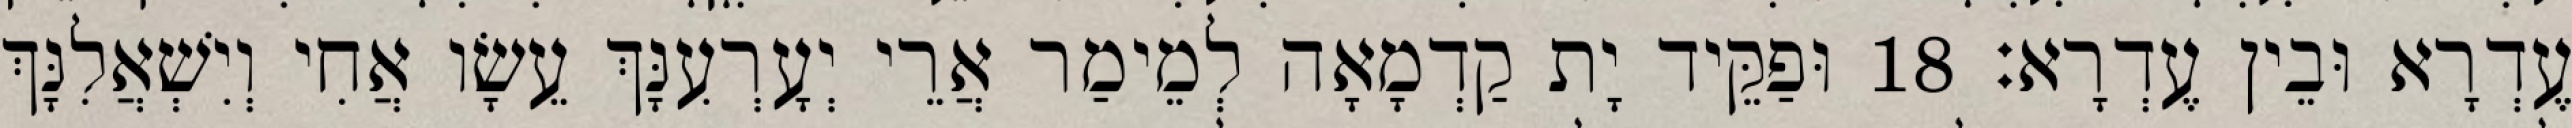
עֶדְרָא וּבֵין עֶדְרָא׃ 18 וּפַקֵּיד יָת קַדְמָאָה לְמֵימַר אֲרֵי יְעָרְעִנָּךְ עֵשָׂו אֲחִי וְיִשְׁאֲלִנָּךְ